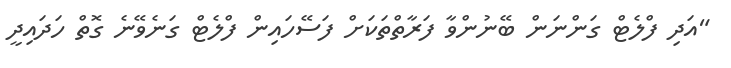
"އަދި ފްލެޓް ގަންނަން ބޭނުންވާ ފަރާތްތަކަށް ފަސޭހައިން ފްލެޓް ގަނެވޭނެ ގޮތް ހަދައިދީ